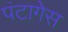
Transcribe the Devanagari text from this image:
पंटागेस